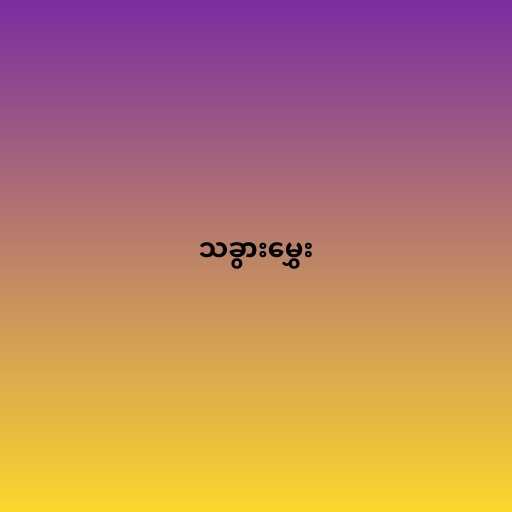
သခွားမွှေး